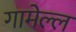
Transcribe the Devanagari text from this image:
गामेल्ल